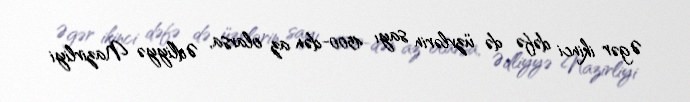
Əgər ikinci dəfə də üzvlərin sayı 4500-dən az olarsa, Ədliyyə Nazirliyi